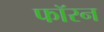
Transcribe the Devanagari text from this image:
फॉरन